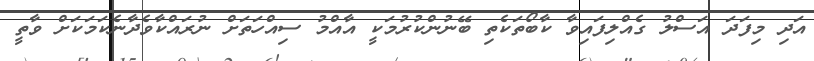
އަދި މިފަދަ އަސްލު ގެއްލިފައިވާ ކާބޯތަކެތި ބޭނުންކުރުމަކީ އާއްމު ސިއްހަތަށް ނުރައްކާވެދާނެކަމަކަށް ވާތީ